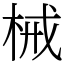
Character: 械